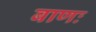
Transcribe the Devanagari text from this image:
बाणः